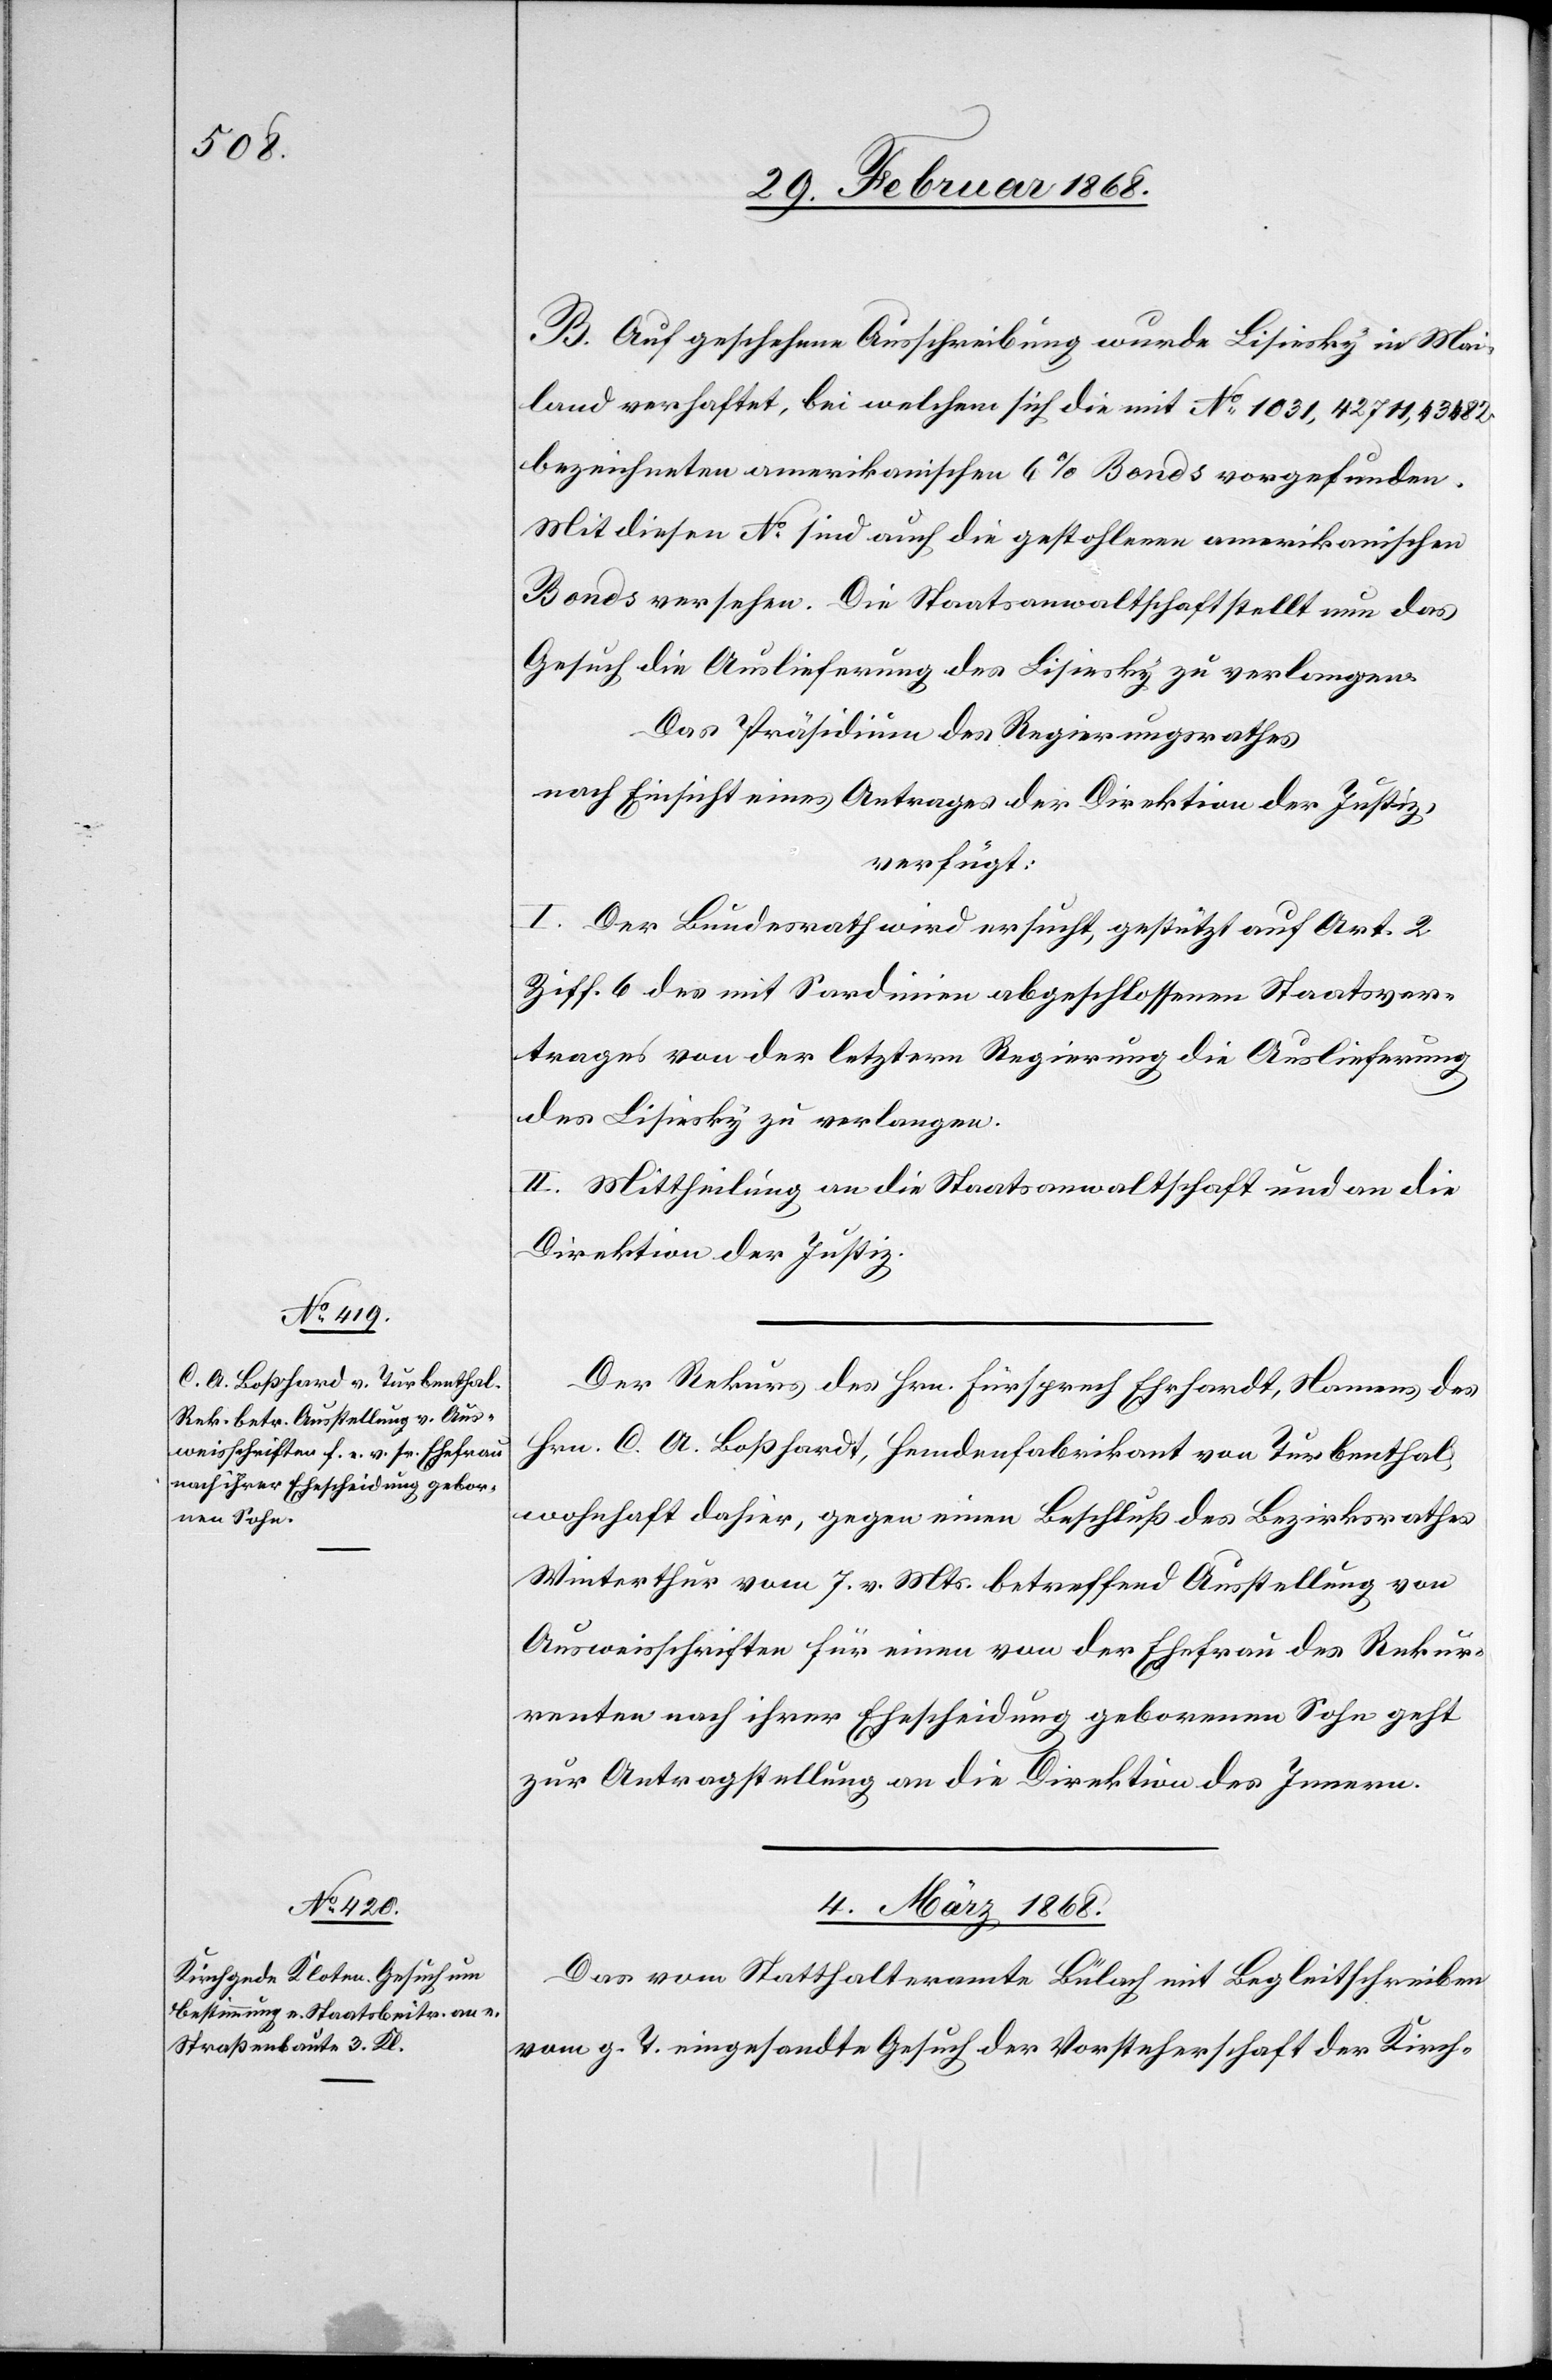
B. Auf geschehene Ausschreibung wurde Lisiesky in Mai¬
land verhaftet, bei welchem sich die mit No. 1031, 42711, 43482
bezeichneten amerikanischen 6% Bonds vorgefunden.
Mit diesen No. sind auch die gestohlenen amerikanischen
Bonds versehen. Die Staatsanwaltschaft stellt nun das
Gesuch die Auslieferung des Lisiesky zu verlangen.
Das Präsidium des Regierungsrathes
nach Einsicht eines Antrages der Direktion der Justiz,
verfügt:
I. Der Bundesrath wird ersucht, gestützt auf Art. 2
Ziff. 6 des mit Sardinien abgeschlossenen Staatsver¬
trages von der letztern Regierung die Auslieferung
des Lisiesky zu verlangen.
II. Mittheilung an die Staatsanwaltschaft und an die
Direktion der Justiz.
Der Rekurs des Hrn. Fürsprech Ehrhardt, Namens des
Hrn. C. A. Boßhardt [sic!], Hemdenfabrikant von Turbenthal,
wohnhaft dahier, gegen einen Beschluß des Bezirksrathes
Winterthur vom 7. v. Mts. betreffend Ausstellung von
Ausweisschriften für einen von der Ehefrau des Rekur¬
renten nach ihrer Ehescheidung geborenen Sohn geht
zur Antragstellung an die Direktion des Innern.
4. März 1868.
Das vom Statthalteramte Bülach mit Begleitschreiben
vom g. T. eingesandte Gesuch der Vorsteherschaft der Kirch-